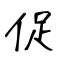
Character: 促